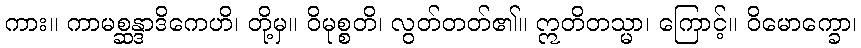
ကား။ ကာမစ္ဆန္ဒာဒိကေဟိ၊ တို့မှ။ ဝိမုစ္စတိ၊ လွတ်တတ်၏။ ဣတိတသ္မာ၊ ကြောင့်။ ဝိမောက္ခော၊